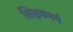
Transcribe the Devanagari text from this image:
शिक्षकवर्ग